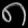
Digit: ၈